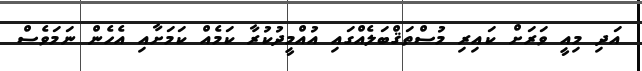
އަދި މިއީ ވަރަށް ކައިރި މުސްތަޤްބަލެއްގައި އުއްމީދުކުރާ ކަމެއް ކަމަށާއި އެހެން ނަަމަވެސް